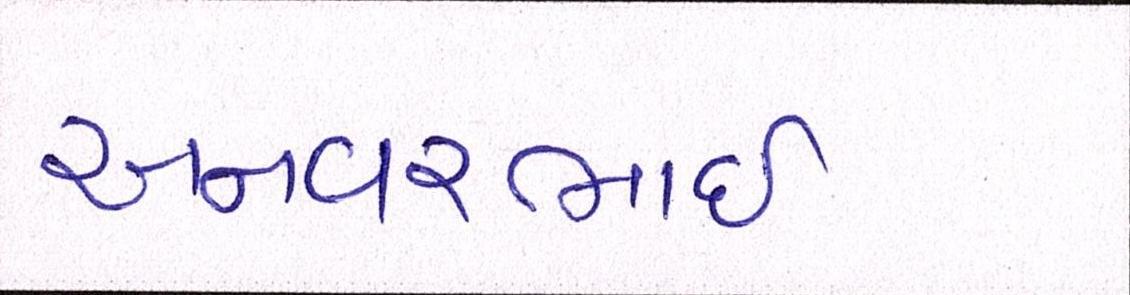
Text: અનવરભાઈ